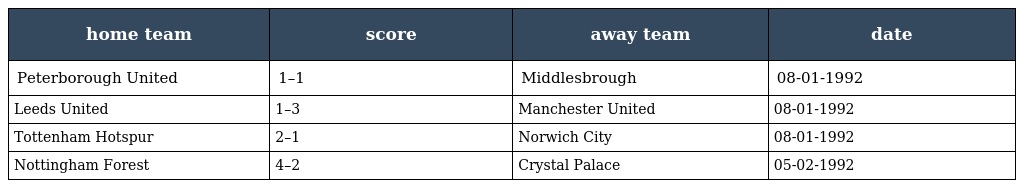
| home team | score | away team | date |
 | --- | --- | --- | --- |
 | Peterborough United | 1–1 | Middlesbrough | 08-01-1992 |
 | Leeds United | 1–3 | Manchester United | 08-01-1992 |
 | Tottenham Hotspur | 2–1 | Norwich City | 08-01-1992 |
 | Nottingham Forest | 4–2 | Crystal Palace | 05-02-1992 |